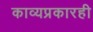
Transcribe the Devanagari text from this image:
काव्यप्रकारही